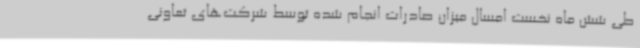
طی شش ماه نخست امسال میزان صادرات انجام شده توسط شرکت‌های تعاونی